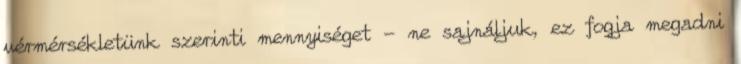
vérmérsékletünk szerinti mennyiséget - ne sajnáljuk, ez fogja megadni